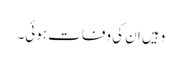
وہیں ان کی وفات ہوئی۔